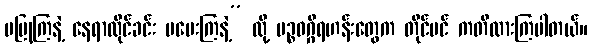
မပြုကြနဲ့ နေရာထိုင်ခင်း မပေးကြနဲ့” လို့ ပဉ္စဝဂ္ဂီရဟန်းတွေက တိုင်ပင် ကတိထားကြပါတယ်။